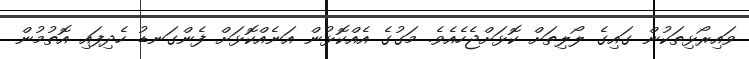
ވައިރޯޅިތަކުން ގައިގެ ލޯލިތަށް ކޮޅަށްޖެހެއެވެ. މަގުގެ އެއްކޮޅުން އަނެއްކޮޅަށް ފެންގަނޑު ހެދިފައި އޮތުމުން